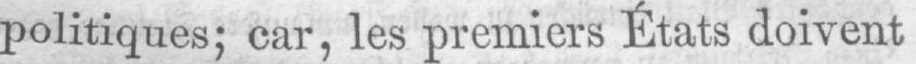
politiques; car, les premiers États doivent